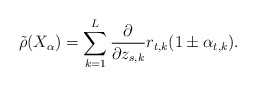
\begin{align*} \tilde{\rho} (X_{\alpha}) = \sum _{k=1} ^L \frac{\partial}{\partial z_{s,k}} r_{t,k} (1 \pm \alpha _{t,k}).\end{align*}